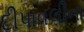
દીપાવલીના